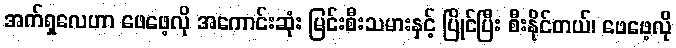
အက်ရှလေဟာ ဖေဖေ့လို အကောင်းဆုံး မြင်းစီးသမားနှင့် ပြိုင်ပြီး စီးနိုင်တယ်၊ ဖေဖေ့လို